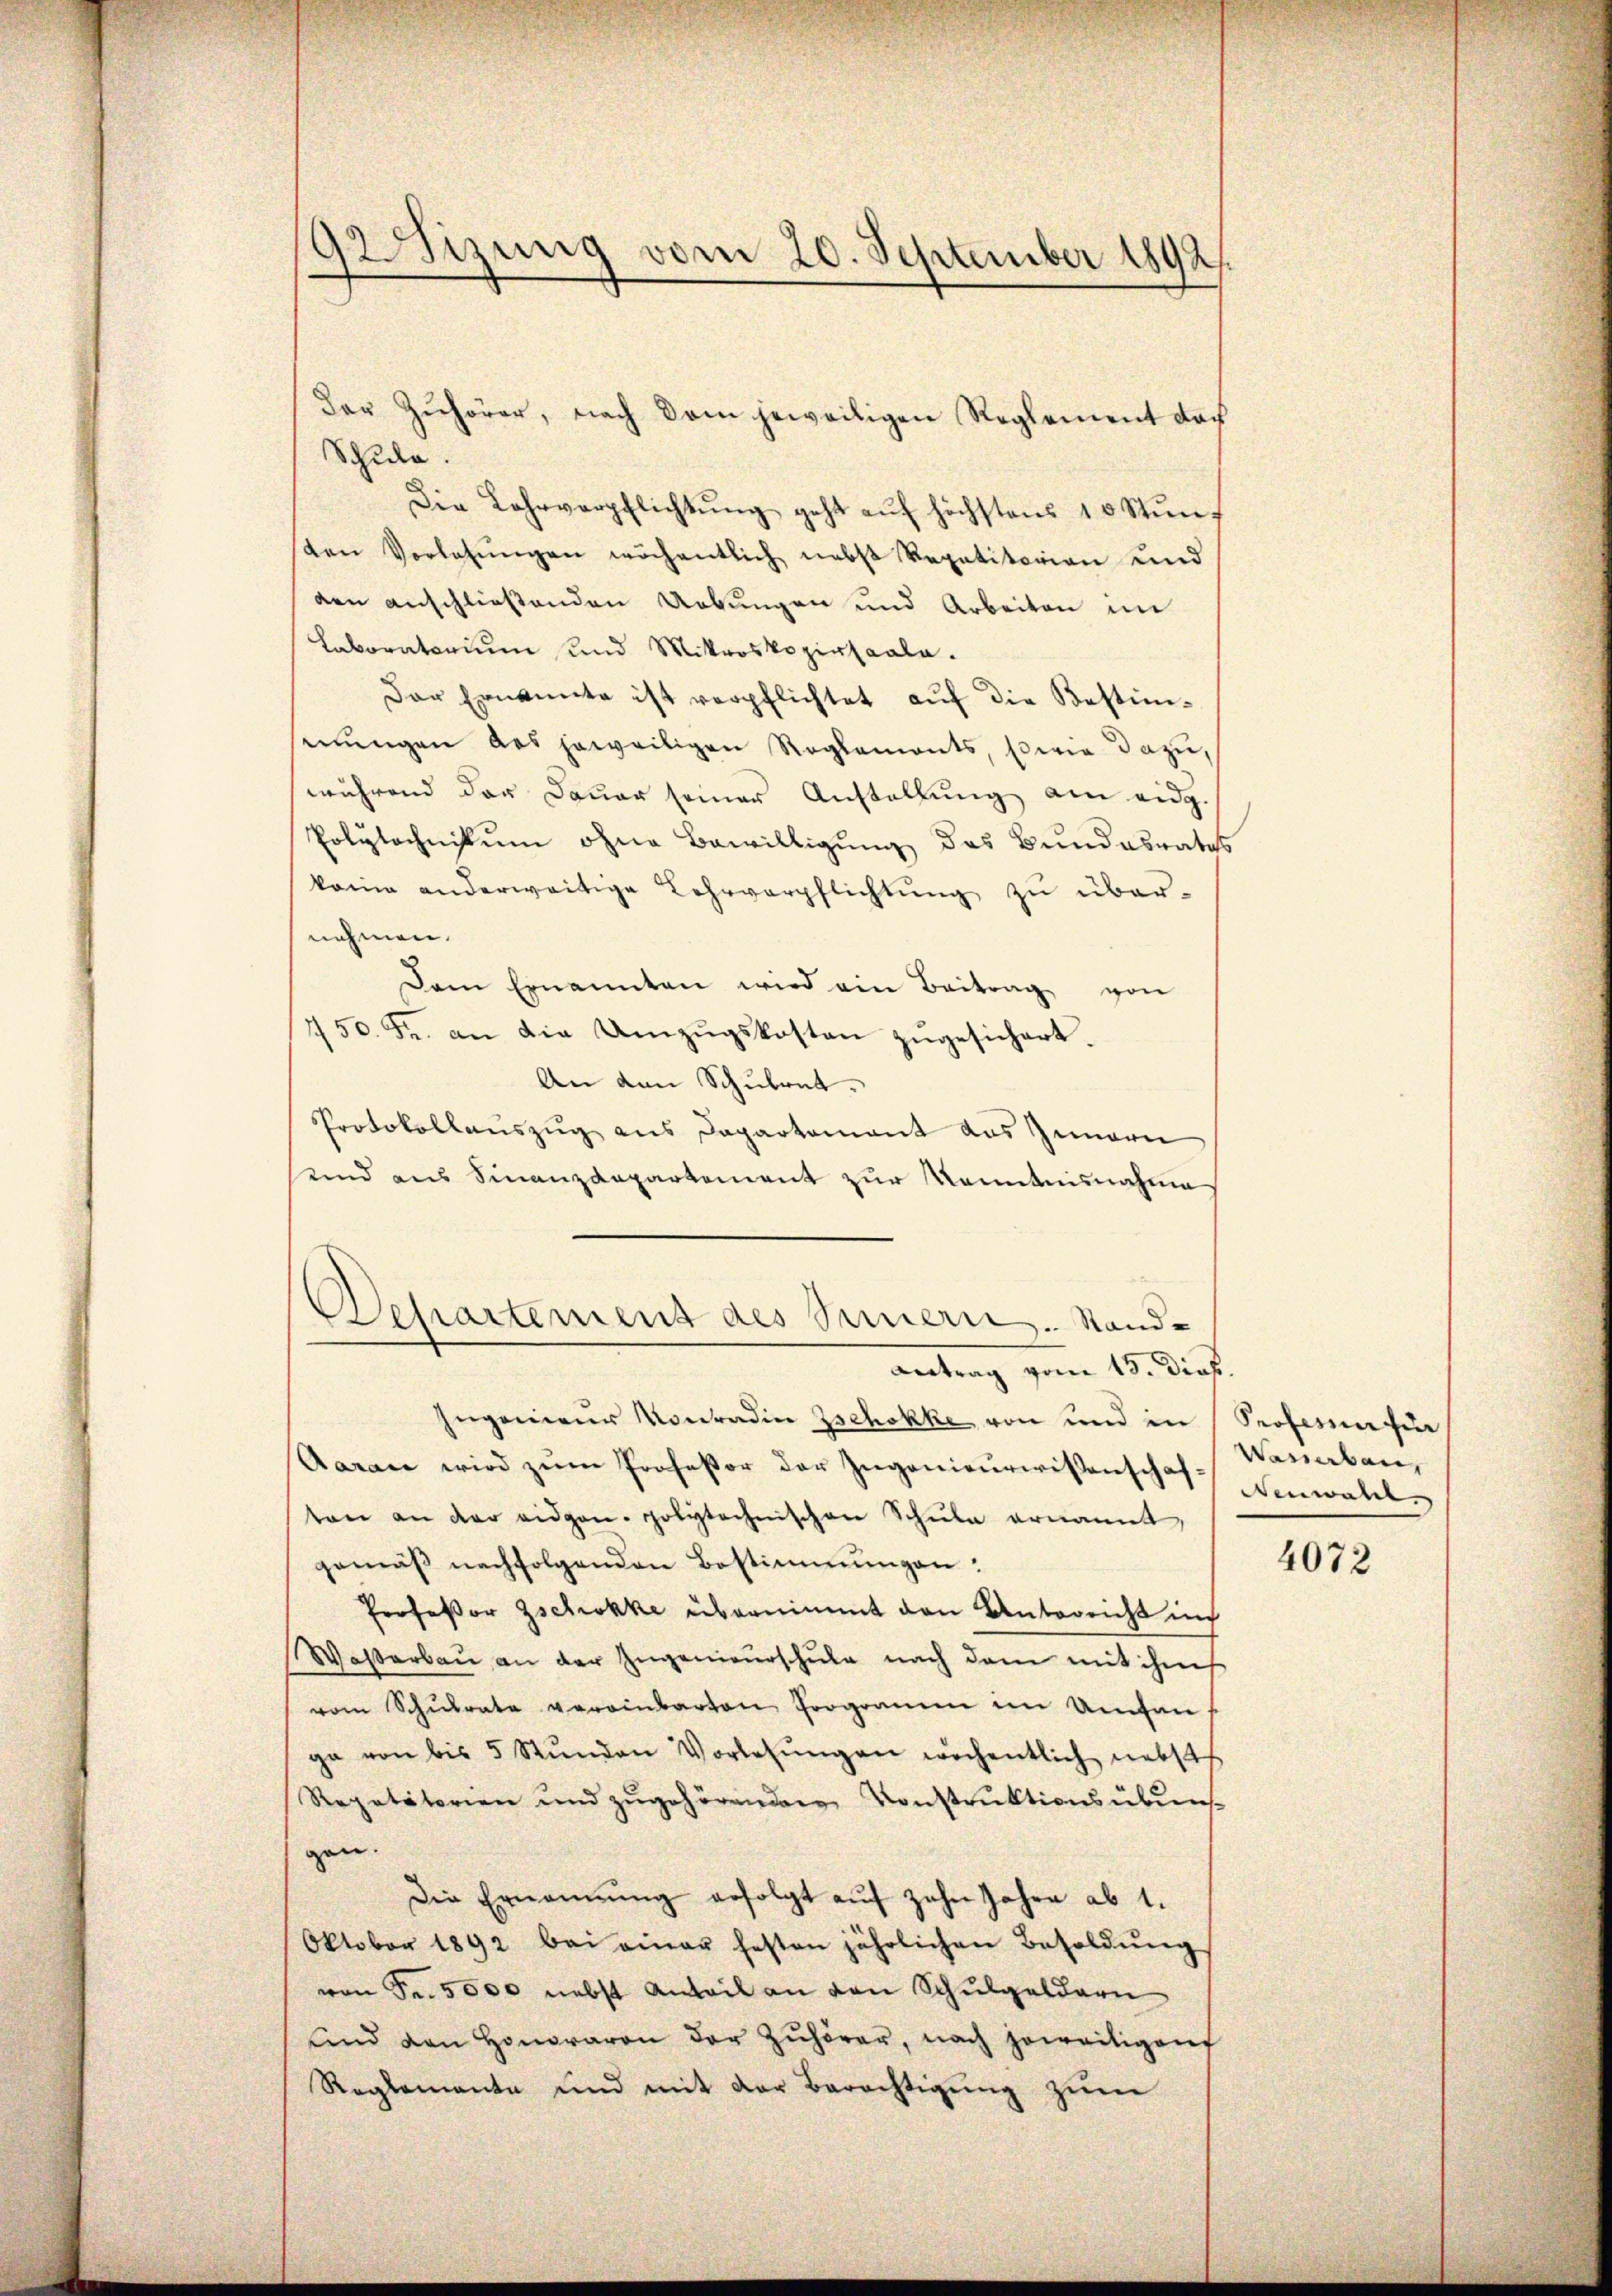
sizung vom 20. September 1892.

Schule.
Die Lahrverpflichtŭng geht aŭf höchstens 10 Stŭnd
sten Vorlesungen wöchentlich nebst Repetitorian und
den anschließenden Uebungen und Arbeiten im
Laboratorium und Mittwoskopirsaale.
Der Ernannte ist verpflichtet auf die Bestimmungen des jeweiligen Reglements, sowie dazu,
während der Dauer seiner Anstellung am eidg.
Polytechnikum ohne Bewilligung des Bundesrates
kane anderweitige Lehrverpflichtung zu übernehmen.
Dem Ernannten wird ein Beitrag von
150. Fr. an die Umzŭgskosten zŭgesichert.
An den Schulrat.
Protokollauszug aus Departement aus Innern
und aus Finanzdepartement zur Kenntnisnahme
Departement des Simmern. Stand-
Antrag vom 13. Dief.
Eugenieur Konradin Zschokke von und in Professe für
Aarau wird zum Professor der Ingenieurwissenschaften an der eidgen. polytechnischen Schule ernannt,
gemäβ nachfolgenden Bestimmungen:
Professor Zschokke übernimmt den Unterricht un
Waßerbaŭ an der Ingenieŭrschŭle nach dem mit ihm
vom Schŭlrate vereinbarten Programm im Umfan
ge von bis 5 Stŭnden Vorlesŭngen wöchentlich nebst
Repetitorien und zŭgehörenden Konstrŭktionsübens-
gen.
Die Ernennung erfolgt aŭf zehn Jahre ab 1.
Oktober 1892 bei einer festen jährlichen Besoldŭng
von Fr. 5000 nebst Anteil an den Schulgeldern
ŭnd den Honoraren der Zuhörer, nach jeweiligenf
Reglemente und mit der Berechtigŭng zŭm

Der Zuhörer, nach dem jeweiligen Reglement doch

Venarben,
Neuwahl.

4072